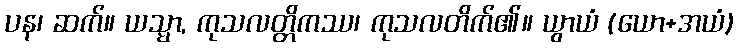
ပန၊ ဆက်။ ယသ္မာ, ကုသလတ္တိကဿ၊ ကုသလတိက်၏။ ယွာယံ (ယော+အယံ)